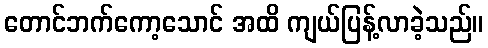
တောင်ဘက်ကော့သောင် အထိ ကျယ်ပြန့်လာခဲ့သည်။